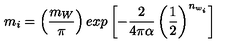
m _ { i } = \left( \frac { m _ { W } } { \pi } \right) e x p \left[ - \frac { 2 } { 4 \pi \alpha } \left( \frac { 1 } { 2 } \right) ^ { n _ { w _ { i } } } \right]